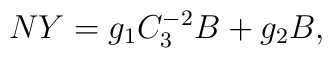
NY = g_1 C_3^{-2} B + g_2 B,